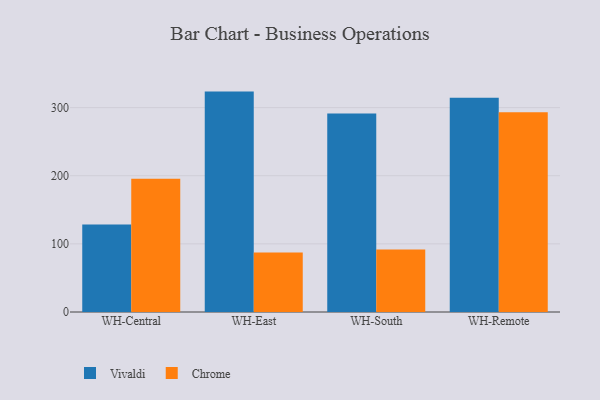
{"axis": {"x": "Warehouse", "y": "Backlog"}, "legend": ["Chrome", "Vivaldi"], "data": [{"x": "WH-Central", "y": 128.3, "type": "Vivaldi"}, {"x": "WH-Central", "y": 195.5, "type": "Chrome"}, {"x": "WH-East", "y": 323.5, "type": "Vivaldi"}, {"x": "WH-East", "y": 87.2, "type": "Chrome"}, {"x": "WH-South", "y": 291.2, "type": "Vivaldi"}, {"x": "WH-South", "y": 91.9, "type": "Chrome"}, {"x": "WH-Remote", "y": 314.3, "type": "Vivaldi"}, {"x": "WH-Remote", "y": 293.2, "type": "Chrome"}]}